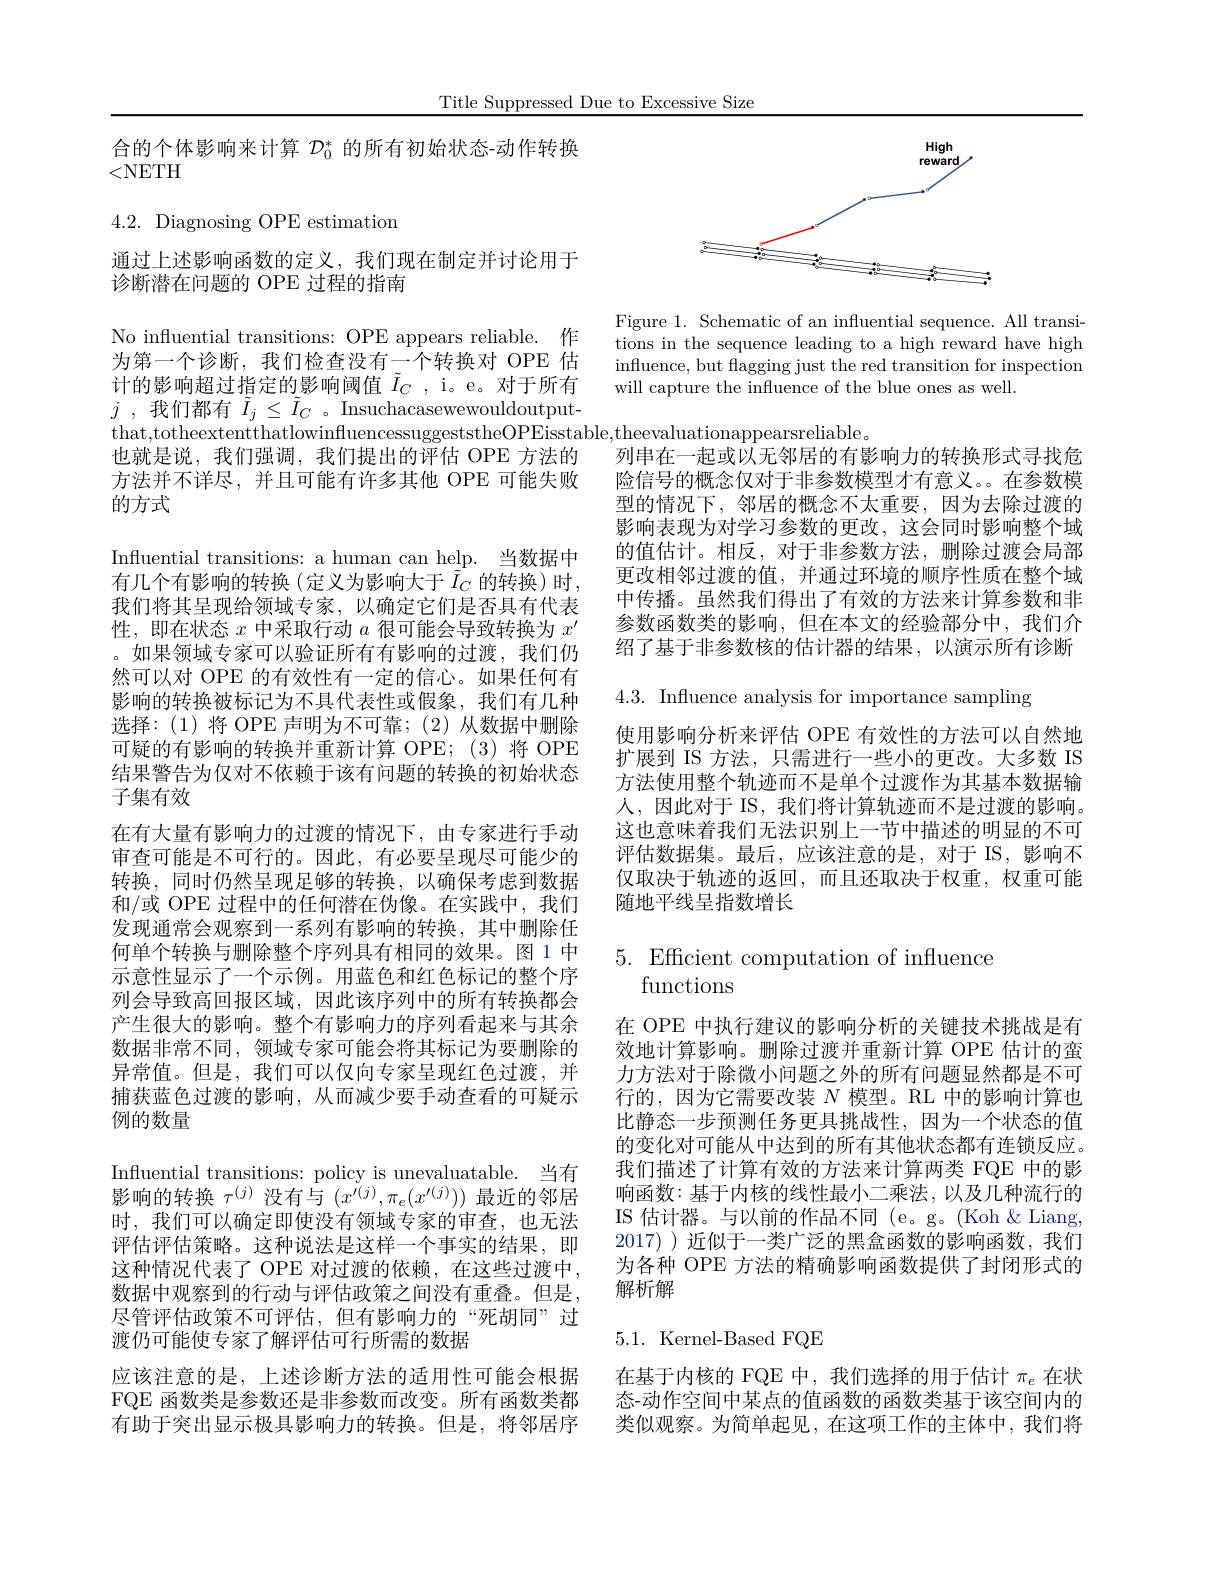
Title Suppressed Due to Excessive Size

合的个体影响来计算$\mathcal{D}_0^*$的所有初始状态-动作转换
<NETH

4.2. Diagnosing OPE estimation

通过上述影响函数的定义，我们现在制定并讨论用于
诊断潜在问题的 OPE 过程的指南

No influential transitions: OPE appears reliable. 作为第一个诊断，我们检查没有一个转换对 OPE 估计的影响超过指定的影响阈值$\tilde{I}_C$, i。e。对于所有$j$ ,我们都有$\tilde{I}_j\leq\tilde{I}_C$ 。Insuchacasewewouldoutput也就是说，我们强调，我们提出的评估 OPE 方法的方法并不详尽，并且可能有许多其他 OPE 可能失败的方式
Influential transitions: a human can help. 当数据中有几个有影响的转换(定义为影响大于$\tilde{I}_C$的转换)时， 我们将其呈现给领域专家，以确定它们是否具有代表性，即在状态$x$中采取行动$a$很可能会导致转换为$x^\prime$ 。如果领域专家可以验证所有有影响的过渡，我们仍然可以对 OPE 的有效性有一定的信心。如果任何有影响的转换被标记为不具代表性或假象，我们有几种选择：(1)将 OPE 声明为不可靠；(2)从数据中删除可疑的有影响的转换并重新计算 OPE;(3)将 OPE 结果警告为仅对不依赖于该有问题的转换的初始状态子集有效
在有大量有影响力的过渡的情况下，由专家进行手动审查可能是不可行的。因此，有必要呈现尽可能少的转换，同时仍然呈现足够的转换，以确保考虑到数据和/或 OPE 过程中的任何潜在伪像。在实践中，我们发现通常会观察到一系列有影响的转换，其中删除任何单个转换与删除整个序列具有相同的效果。图1中示意性显示了一个示例。用蓝色和红色标记的整个序列会导致高回报区域，因此该序列中的所有转换都会产生很大的影响。整个有影响力的序列看起来与其余数据非常不同，领域专家可能会将其标记为要删除的异常值。但是，我们可以仅向专家呈现红色过渡，并捕获蓝色过渡的影响，从而减少要手动查看的可疑示例的数量
Influential transitions: policy is unevaluatable. 当有影响的转换$\tau^(j)$没有与$(x^{\dot{\prime}(j)},\pi_{e}(x^{\prime(j)}))$最近的邻居时，我们可以确定即使没有领域专家的审查，也无法评估评估策略。这种说法是这样一个事实的结果，即这种情况代表了 OPE 对过渡的依赖，在这些过渡中， 数据中观察到的行动与评估政策之间没有重叠。但是， 尽管评估政策不可评估，但有影响力的“死胡同”过渡仍可能使专家了解评估可行所需的数据
应该注意的是，上述诊断方法的适用性可能会根据FQE 函数类是参数还是非参数而改变。所有函数类都有助于突出显示极具影响力的转换。但是，将邻居序

<FigureHere>

Figure 1. Schematic of an influential sequence. All transitions in the sequence leading to a high reward have high influence, but flagging just the red transition for inspection will capture the influence of the blue ones as well.

that,totheextentthatlowinfluencessuggeststheOPEisstable,theevaluationappearsreliable。
列串在一起或以无邻居的有影响力的转换形式寻找危险信号的概念仅对于非参数模型才有意义。在参数模型的情况下，邻居的概念不太重要，因为去除过渡的影响表现为对学习参数的更改，这会同时影响整个域的值估计。相反，对于非参数方法，删除过渡会局部更改相邻过渡的值，并通过环境的顺序性质在整个域中传播。虽然我们得出了有效的方法来计算参数和非参数函数类的影响，但在本文的经验部分中，我们介绍了基于非参数核的估计器的结果，以演示所有诊断4.3. Influence analysis for importance sampling
使用影响分析来评估 OPE 有效性的方法可以自然地扩展到 IS 方法，只需进行一些小的更改。大多数 IS 方法使用整个轨迹而不是单个过渡作为其基本数据输人，因此对于 IS, 我们将计算轨迹而不是过渡的影响。这也意味着我们无法识别上一节中描述的明显的不可评估数据集。最后，应该注意的是，对于 IS,影响不仅取决于轨迹的返回，而且还取决于权重，权重可能随地平线呈指数增长

5. Efficient computation of influence
functions

在 OPE 中执行建议的影响分析的关键技术挑战是有效地计算影响。删除过渡并重新计算 OPE 估计的蛮力方法对于除微小问题之外的所有问题显然都是不可行的，因为它需要改装$N$模型。RL 中的影响计算也比静态一步预测任务更具挑战性，因为一个状态的值的变化对可能从中达到的所有其他状态都有连锁反应。我们描述了计算有效的方法来计算两类 FQE 中的影响函数：基于内核的线性最小二乘法，以及几种流行的IS 估计器。与以前的作品不同 (e。g。(Koh $\&$ Liang, 2017) )近似于一类广泛的黑盒函数的影响函数，我们为各种 OPE 方法的精确影响函数提供了封闭形式的解析解

## $5.1.{\mathrm{~Kernel-Based~FQE}}$

在基于内核的 FQE 中，我们选择的用于估计$\pi_e$在状态-动作空间中某点的值函数的函数类基于该空间内的类似观察。为简单起见，在这项工作的主体中，我们将